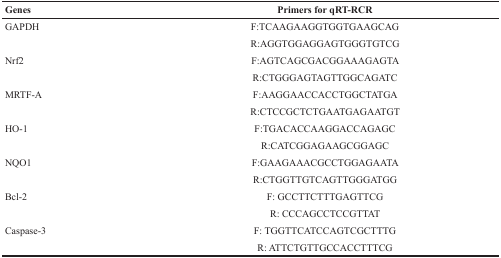
<table><thead><tr><td><b>Genes</b></td><td><b>Primers for qRT-RCR</b></td></tr></thead><tbody><tr><td>GAPDH</td><td>F:TCAAGAAGGTGGTGAAGCAG</td></tr><tr><td></td><td>R:AGGTGGAGGAGTGGGTGTCG</td></tr><tr><td>Nrf2</td><td>F:AGTCAGCGACGGAAAGAGTA</td></tr><tr><td></td><td>R:CTGGGAGTAGTTGGCAGATC</td></tr><tr><td>MRTF-A</td><td>F:AAGGAACCACCTGGCTATGA</td></tr><tr><td></td><td>R:CTCCGCTCTGAATGAGAATGT</td></tr><tr><td>HO-1</td><td>F:TGACACCAAGGACCAGAGC</td></tr><tr><td></td><td>R:CATCGGAGAAGCGGAGC</td></tr><tr><td>NQO1</td><td>F:GAAGAAACGCCTGGAGAATA</td></tr><tr><td></td><td>R:CTGGTTGTCAGTTGGGATGG</td></tr><tr><td>Bcl-2</td><td>F: GCCTTCTTTGAGTTCG</td></tr><tr><td></td><td>R: CCCAGCCTCCGTTAT</td></tr><tr><td>Caspase-3</td><td>F: TGGTTCATCCAGTCGCTTTG</td></tr><tr><td></td><td>R: ATTCTGTTGCCACCTTTCG</td></tr></tbody></table>